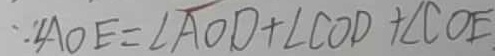
\because \angle A O E = \angle A O D + \angle C O D + \angle C O E